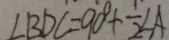
\angle B D C = 9 0 ^ { \circ } + \frac { 1 } { 2 } \angle A